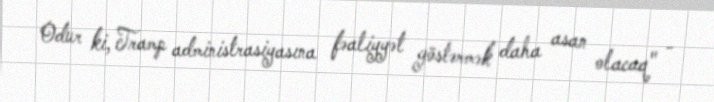
Odur ki, Tramp administrasiyasına fəaliyyət göstərmək daha asan olacaq" -